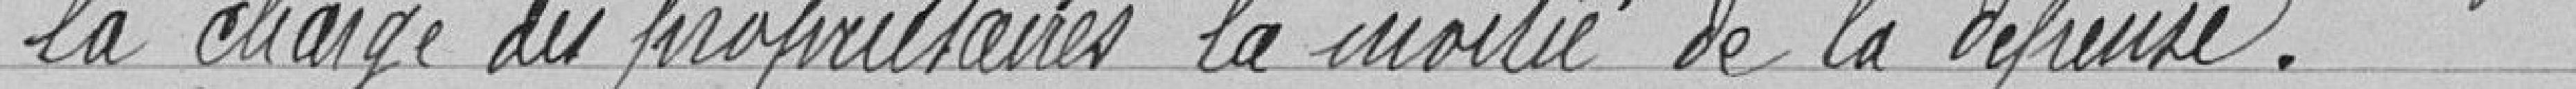
la charge des propriétaires, la moitié de la dépense.